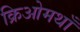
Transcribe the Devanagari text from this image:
क्रिओमथाँ